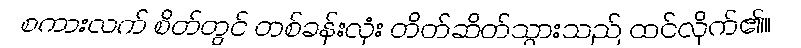
စကားလက် စိတ်တွင် တစ်ခန်းလုံး တိတ်ဆိတ်သွားသည် ထင်လိုက်၏။